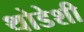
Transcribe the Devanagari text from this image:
थोडेशी